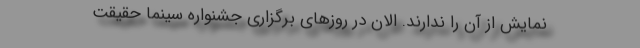
نمایش از آن را ندارند. الان در روزهای برگزاری جشنواره سینما حقیقت